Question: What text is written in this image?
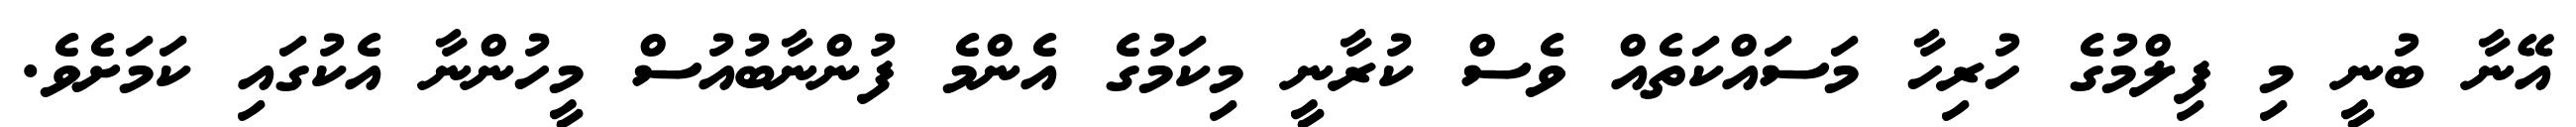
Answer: އޭނާ ބުނީ މި ފިލްމުގެ ހުރިހާ މަސައްކަތެއް ވެސް ކުރާނީ މިކަމުގެ އެންމެ ފުންނާބުއުސް މީހުންނާ އެކުގައި ކަމަށެވެ.